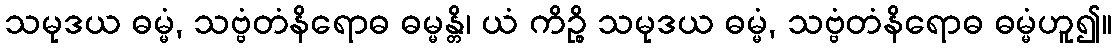
သမုဒယ ဓမ္မံ, သဗ္ဗံတံနိရောဓ ဓမ္မန္တိ၊ ယံ ကိဉ္စိ သမုဒယ ဓမ္မံ, သဗ္ဗံတံနိရောဓ ဓမ္မံဟူ၍။